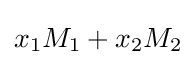
x_{1}M_{1}+x_{2}M_{2}